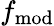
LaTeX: f_{\mathrm{mod}}